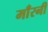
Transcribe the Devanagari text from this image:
माँरनी